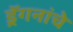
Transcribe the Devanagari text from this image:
ड्रॅगनांचे